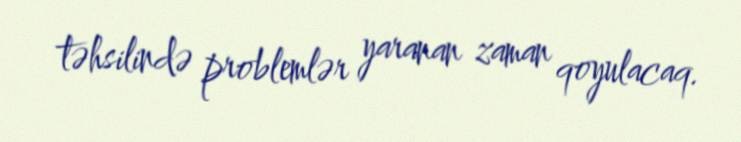
təhsilində problemlər yaranan zaman qoyulacaq.